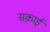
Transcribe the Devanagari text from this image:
सक़ाई